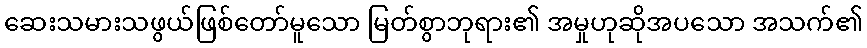
ဆေးသမားသဖွယ်ဖြစ်တော်မူသော မြတ်စွာဘုရား၏ အမှုဟုဆိုအပသော အသက်၏